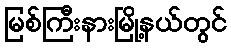
မြစ်ကြီးနားမြို့နယ်တွင်